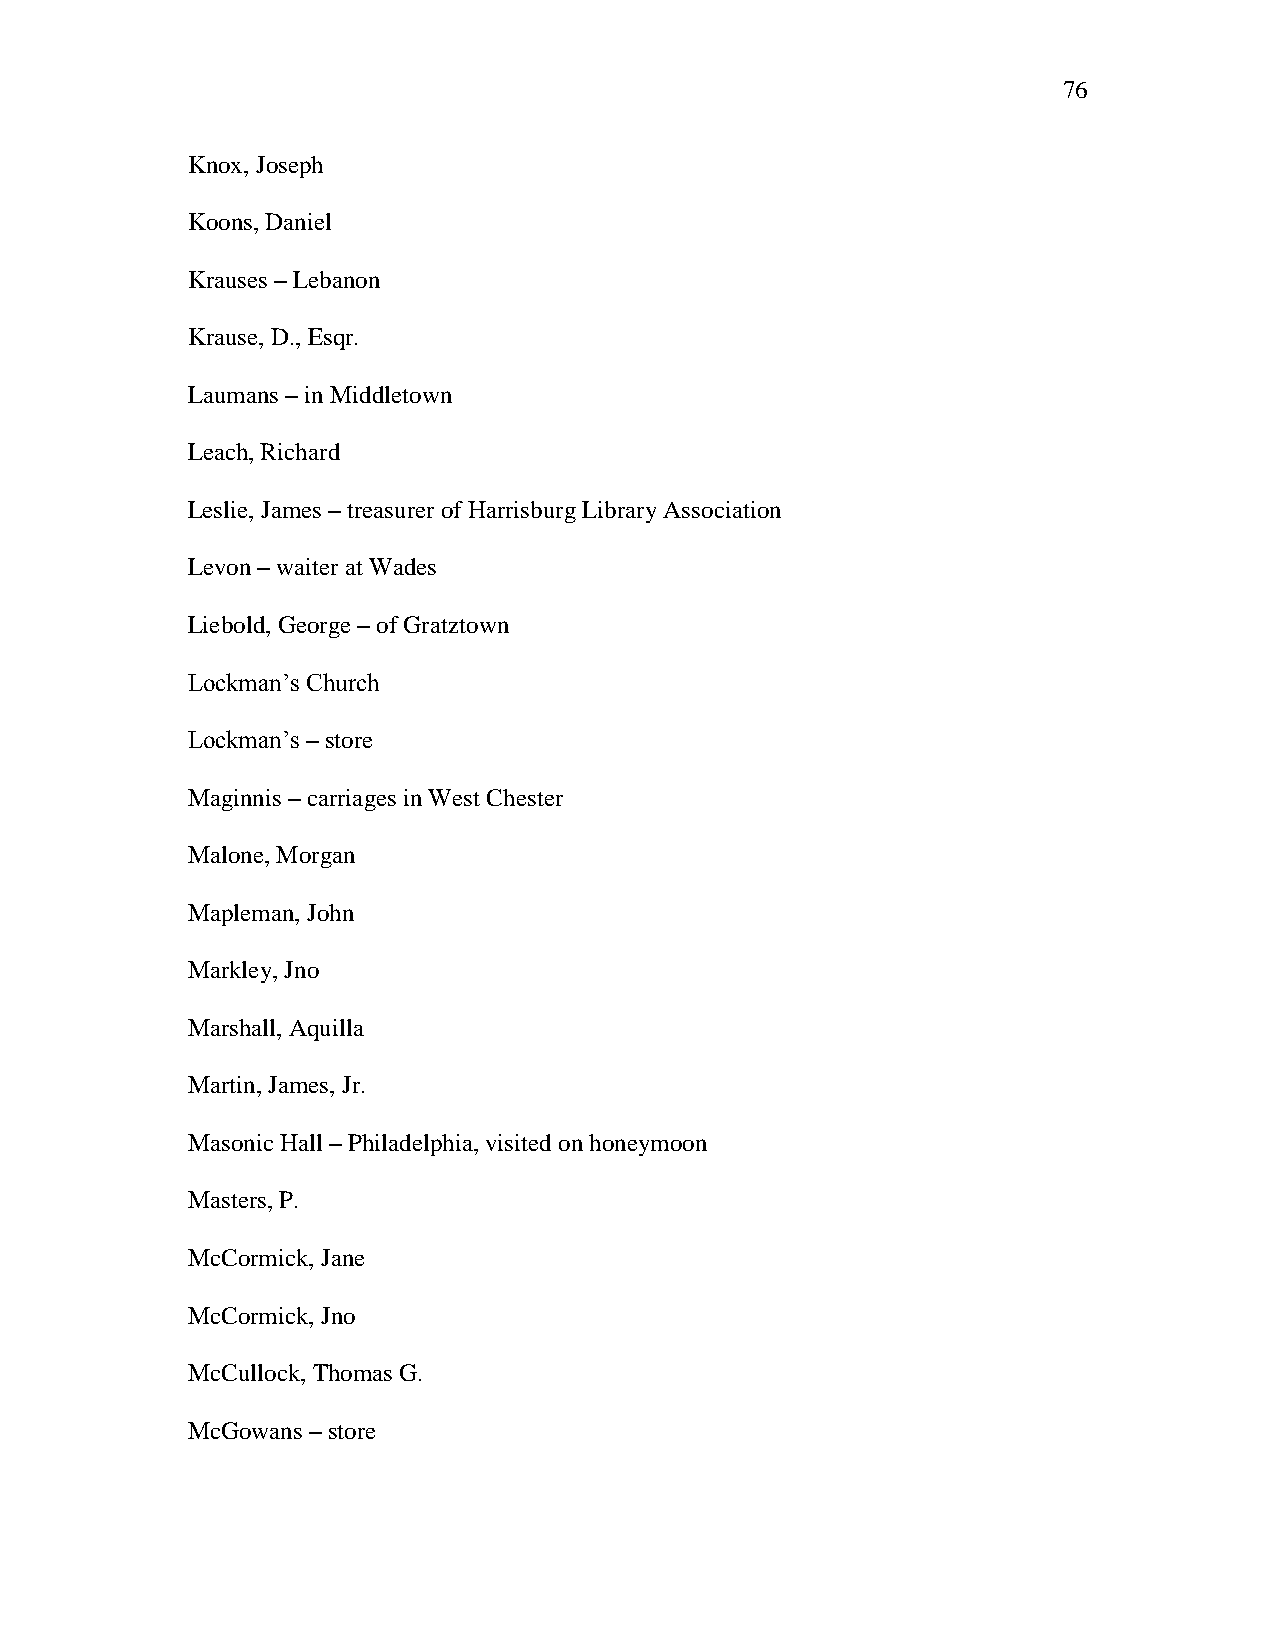
76
 Knox, Joseph
 Koons, Daniel
 Krauses – Lebanon
 Krause, D., Esqr.
 Laumans – in Middletown
 Leach, Richard
 Leslie, James – treasurer of Harrisburg Library Association
 Levon – waiter at Wades
 Liebold, George – of Gratztown
 Lockman‘s Church
 Lockman‘s – store
 Maginnis – carriages in West Chester
 Malone, Morgan
 Mapleman, John
 Markley, Jno
 Marshall, Aquilla
 Martin, James, Jr.
 Masonic Hall – Philadelphia, visited on honeymoon
 Masters, P.
 McCormick, Jane
 McCormick, Jno
 McCullock, Thomas G.
 McGowans – store